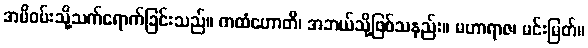
အမိဝမ်းသို့သက်ရောက်ခြင်းသည်။ ကထံဟောတိ၊ အဘယ်သို့ဖြစ်သနည်း။ မဟာရာဇ၊ မင်းမြတ်။